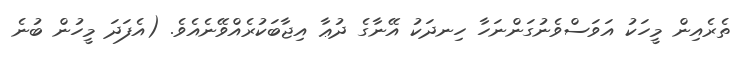
ތެރެއިން މީހަކު އަވަސްވެނުގަންނަހާ ހިނދަކު އޭނާގެ ދުޢާ އިޖާބަކުރެއްވޭނެއެވެ. (އެފަދަ މީހުން ބުނެ